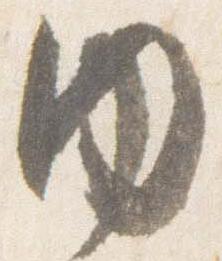
内